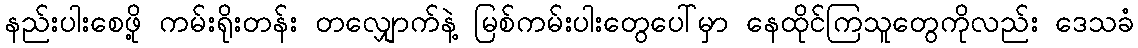
နည်းပါးစေဖို့ ကမ်းရိုးတန်း တလျှောက်နဲ့ မြစ်ကမ်းပါးတွေပေါ်မှာ နေထိုင်ကြသူတွေကိုလည်း ဒေသခံ